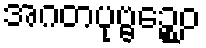
အဂတပုဗ္ဗဉ္စေဝ